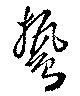
鷙